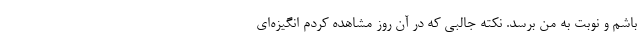
باشم و نوبت به من برسد. نکته جالبی که در آن روز مشاهده کردم انگیزه‌ای